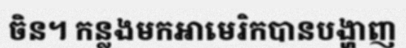
ចិន។ កន្លងមកអាមេរិកបានបង្ហាញ